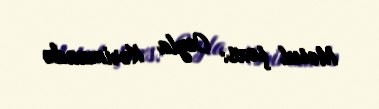
Məsul şəxs: Ceyla Kərimzadə